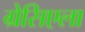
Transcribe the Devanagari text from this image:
ग्रेसिएला